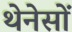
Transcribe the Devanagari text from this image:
थेनेसों